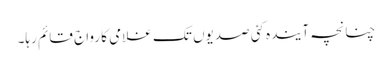
چنانچہ آیندہ کئی صدیوں تک غلامی کا رواج قائم رہا۔